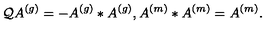
\mathcal { Q } A ^ { \left( g \right) } = - A ^ { \left( g \right) } \ast A ^ { \left( g \right) } , A ^ { \left( m \right) } \ast A ^ { \left( m \right) } = A ^ { \left( m \right) } .